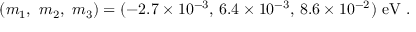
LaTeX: ( m _ { 1 } , ~ m _ { 2 } , ~ m _ { 3 } ) = ( - 2 . 7 \times 1 0 ^ { - 3 } , \, 6 . 4 \times 1 0 ^ { - 3 } , \, 8 . 6 \times 1 0 ^ { - 2 } ) ~ \mathrm { e V } ~ .